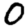
Digit: 0